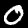
Digit: 0